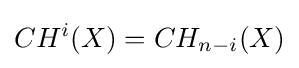
CH^{i}(X)=CH_{n-i}(X)